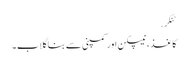
ٹنکر.
کاغذ ، نیپکن اور کمپنی سے بنا گلاب۔